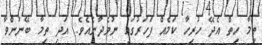
ތިމާ ހިތް އެދޭ ހުރިހާ ކަމެއް ފަހަރުގައި ނުވެދާނެއެވެ. އަދި ތިމާ ބޭނުންވާ